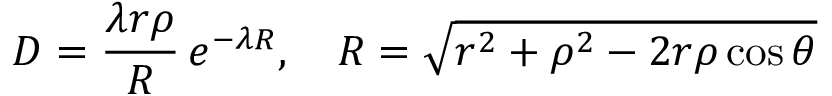
{ \cal D } = \frac { \lambda r \rho } { R } \, e ^ { - \lambda R } , \quad R = \sqrt { r ^ { 2 } + \rho ^ { 2 } - 2 r \rho \cos \theta }